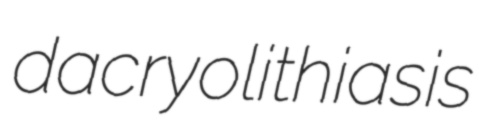
dacryolithiasis